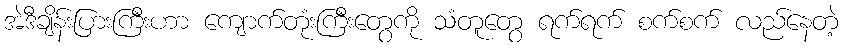
အဲဒီချိန်းပြားကြီးဟာ ကျောက်တုံးကြီးတွေကို သံတူတွေ ရက်ရက် စက်စက် လည်နေတဲ့